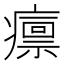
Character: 𤺡